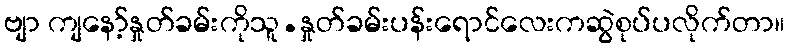
ဗျာ ကျနော့်နှုတ်ခမ်းကိုသူ.နှုတ်ခမ်းပန်းရောင်လေးကဆွဲစုပ်ပလိုက်တာ။